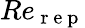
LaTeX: Re_{\mathrm{~r~e~p~}}